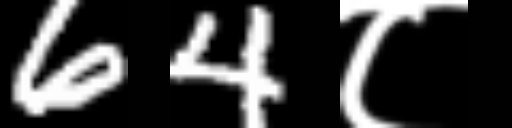
Text: 64८